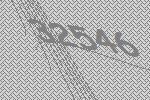
32546